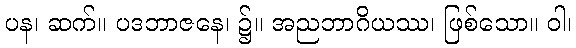
ပန၊ ဆက်။ ပဒဘာဇနေ၊ ၌။ အညဘာဂိယဿ၊ ဖြစ်သော။ ဝါ၊